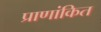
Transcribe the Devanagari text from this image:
प्राणांकित